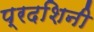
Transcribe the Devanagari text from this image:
प्रदशिनी